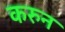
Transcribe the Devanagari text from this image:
करुन